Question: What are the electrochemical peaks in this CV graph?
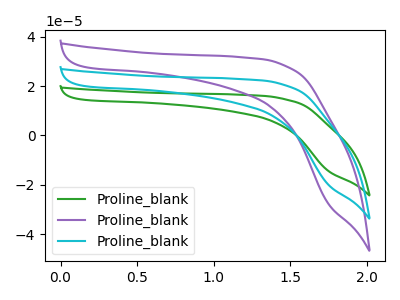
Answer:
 <answer>The green curve "Proline_blank1" has no peaks. The purple curve "Proline_blank2" has no peaks. The cyan curve "Proline_blank3" has no peaks.</answer>
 <eval></eval>